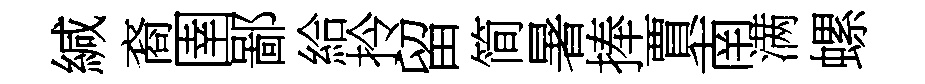
緘裔圉鄙給拎留简暑捧賈南满螺